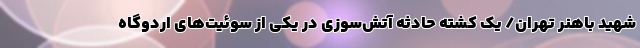
شهید باهنر تهران/ یک کشته حادثه آتش‌سوزی در یکی از سوئیت‌های اردوگاه